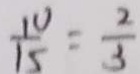
\frac { 1 0 } { 1 5 } = \frac { 2 } { 3 }